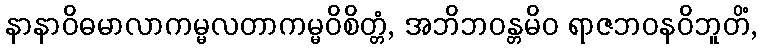
နာနာဝိဓမာလာကမ္မလတာကမ္မဝိစိတ္တံ, အဘိဘဝန္တမိဝ ရာဇဘဝနဝိဘူတိံ,